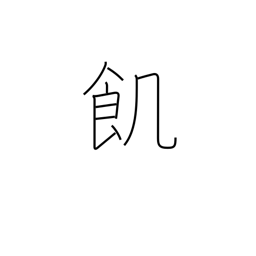
Meaning: hungry